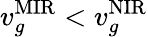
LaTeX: v_{g}^{\mathrm{MIR}}<v_{g}^{\mathrm{NIR}}